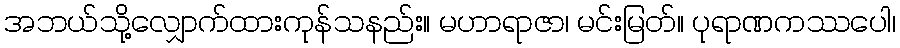
အဘယ်သို့လျှောက်ထားကုန်သနည်း။ မဟာရာဇာ၊ မင်းမြတ်။ ပုရာဏကဿပေါ၊